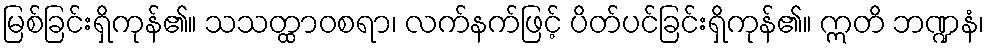
မြစ်ခြင်းရှိကုန်၏။ သသတ္ထာဝစရာ၊ လက်နက်ဖြင့် ပိတ်ပင်ခြင်းရှိကုန်၏။ ဣတိ ဘဏ္ဍနံ၊